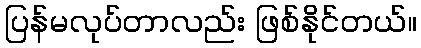
ပြန်မလုပ်တာလည်း ဖြစ်နိုင်တယ်။